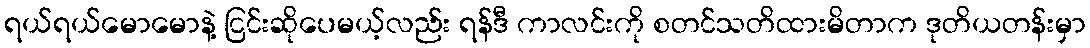
ရယ်ရယ်မောမောနဲ့ ငြင်းဆိုပေမယ့်လည်း ရန်ဒီ ကာလင်းကို စတင်သတိထားမိတာက ဒုတိယတန်းမှာ